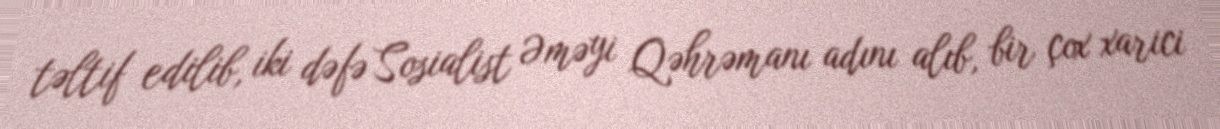
təltif edilib, iki dəfə Sosialist Əməyi Qəhrəmanı adını alıb, bir çox xarici